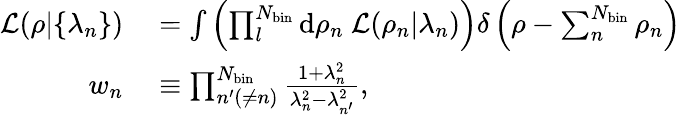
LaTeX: \begin{array}{rl}{\mathcal{L}(\rho|\{ \lambda_{n}\} )}&{{}=\int\left(\prod_{l}^{N_{\mathrm{bin}}}\mathrm{d}\rho_{n}~\mathcal{L}(\rho_{n}|\lambda_{n})\right)\delta\left(\rho-\sum_{n}^{N_{\mathrm{bin}}}\rho_{n}\right)}\\ {w_{n}}&{{}\equiv\prod_{n^{\prime}(\neq n)}^{N_{\mathrm{bin}}}\frac{1+\lambda_{n}^{2}}{\lambda_{n}^{2}-\lambda_{n^{\prime}}^{2}},}\end{array}